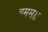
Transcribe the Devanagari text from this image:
वमम।।